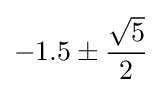
-1.5\pm {\frac {\sqrt {5}}{2}}